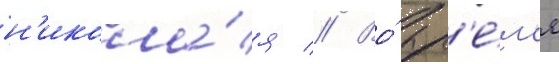
н'икола́я // Во́ вр'е́м'я